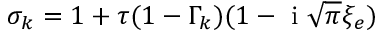
\sigma _ { k } = 1 + \tau ( 1 - \Gamma _ { k } ) ( 1 - \mathrm { ~ i ~ } \sqrt { \pi } \xi _ { e } )